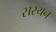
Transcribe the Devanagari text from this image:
सस्यन